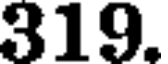
319.